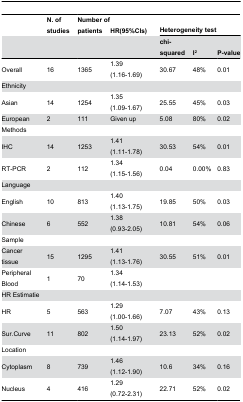
<table><thead><tr><td></td><td><b>N. of studies</b></td><td><b>Number of patients</b></td><td><b>HR(95%CIs)</b></td><td colspan="3"><b>Heterogeneity test</b></td></tr><tr><td></td><td></td><td></td><td></td><td><b>chi-squared</b></td><td><b>I<sup>2</sup></b></td><td><b>P-value</b></td></tr></thead><tbody><tr><td>Overall</td><td>16</td><td>1365</td><td>1.39 (1.16-1.69)</td><td>30.67</td><td>48%</td><td>0.01</td></tr><tr><td>Ethnicity</td><td></td><td></td><td></td><td></td><td></td><td></td></tr><tr><td>Asian</td><td>14</td><td>1254</td><td>1.35 (1.09-1.67)</td><td>25.55</td><td>45%</td><td>0.03</td></tr><tr><td>European</td><td>2</td><td>111</td><td>Given up</td><td>5.08</td><td>80%</td><td>0.02</td></tr><tr><td>Methods</td><td></td><td></td><td></td><td></td><td></td><td></td></tr><tr><td>IHC</td><td>14</td><td>1253</td><td>1.41 (1.11-1.78)</td><td>30.53</td><td>54%</td><td>0.01</td></tr><tr><td>RT-PCR</td><td>2</td><td>112</td><td>1.34 (1.15-1.56)</td><td>0.04</td><td>0.00%</td><td>0.83</td></tr><tr><td>Language</td><td></td><td></td><td></td><td></td><td></td><td></td></tr><tr><td>English</td><td>10</td><td>813</td><td>1.40 (1.13-1.75)</td><td>19.85</td><td>50%</td><td>0.03</td></tr><tr><td>Chinese</td><td>6</td><td>552</td><td>1.38 (0.93-2.05)</td><td>10.81</td><td>54%</td><td>0.06</td></tr><tr><td>Sample</td><td></td><td></td><td></td><td></td><td></td><td></td></tr><tr><td>Cancer tissue</td><td>15</td><td>1295</td><td>1.41 (1.13-1.76)</td><td>30.55</td><td>51%</td><td>0.01</td></tr><tr><td>Peripheral Blood</td><td>1</td><td>70</td><td>1.34 (1.14-1.53)</td><td></td><td></td><td></td></tr><tr><td>HR Estimatie</td><td></td><td></td><td></td><td></td><td></td><td></td></tr><tr><td>HR</td><td>5</td><td>563</td><td>1.29 (1.00-1.66)</td><td>7.07</td><td>43%</td><td>0.13</td></tr><tr><td>Sur.Curve</td><td>11</td><td>802</td><td>1.50 (1.14-1.97)</td><td>23.13</td><td>52%</td><td>0.02</td></tr><tr><td>Location</td><td></td><td></td><td></td><td></td><td></td><td></td></tr><tr><td>Cytoplasm</td><td>8</td><td>739</td><td>1.46 (1.12-1.90)</td><td>10.6</td><td>34%</td><td>0.16</td></tr><tr><td>Nucleus</td><td>4</td><td>416</td><td>1.29 (0.72-2.31)</td><td>22.71</td><td>52%</td><td>0.02</td></tr></tbody></table>